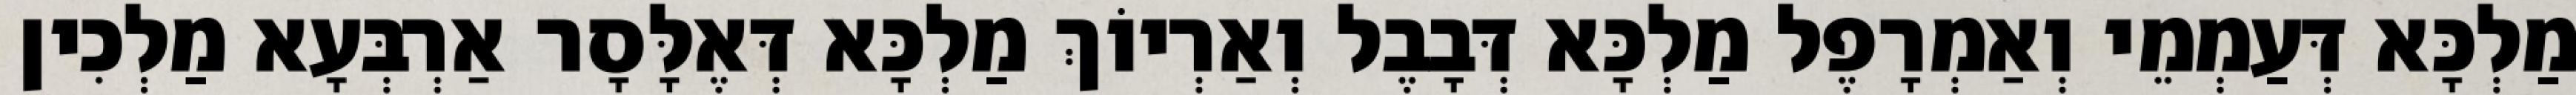
מַלְכָּא דְּעַמְמֵי וְאַמְרָפֶל מַלְכָּא דְּבָבֶל וְאַרְיוֹךְ מַלְכָּא דְּאֶלָּסָר אַרְבְּעָא מַלְכִין